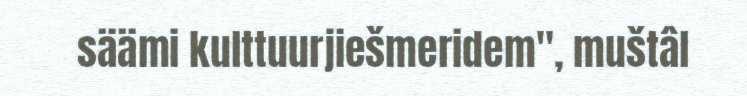
säämi kulttuurjiešmeridem", muštâl